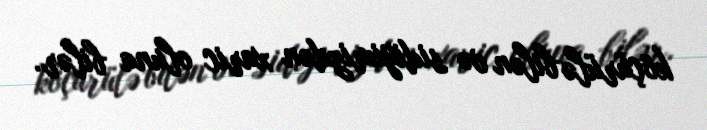
köçürülə bilən və sidiyimizdən xaric oluna bilər.